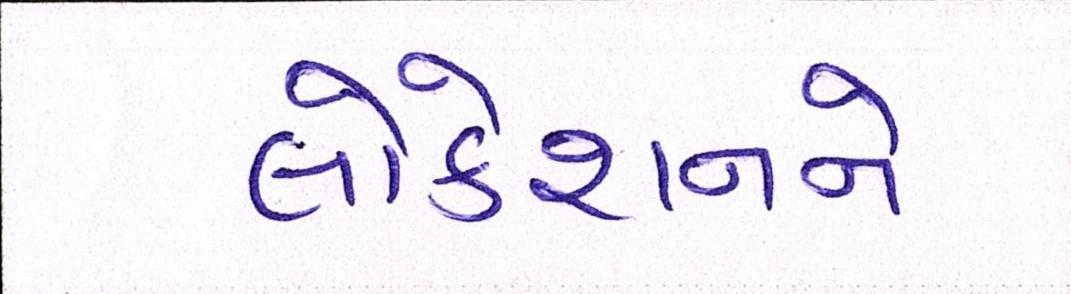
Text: લોકેશનને